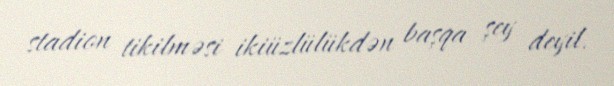
stadion tikilməsi ikiüzlülükdən başqa şey deyil.